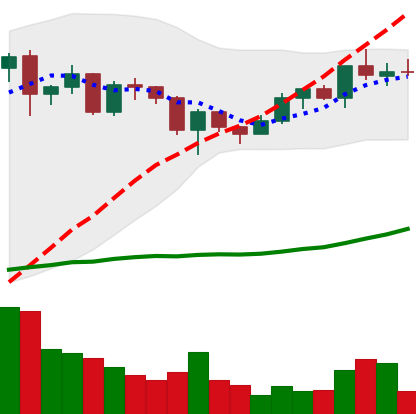
Ticker: ADA-USD
Chart end date: 2020-12-19
Forward return: -7.183%
Label: down_7plus